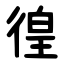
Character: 徨